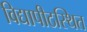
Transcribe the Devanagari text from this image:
विद्यापीठस्थित